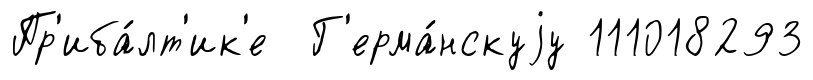
Пр'иба́лт'ик'е Г'ерма́нскуjу 111018293